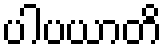
ပါပယာတိ